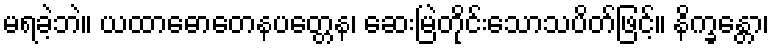
မရခဲ့ဘဲ။ ယထာဓောတေနပတ္တေန၊ ဆေးမြဲတိုင်းသောသပိတ်ဖြင့်။ နိက္ခန္တော၊